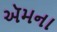
ઍમના